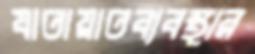
যাতায়াতব্যবস্থার